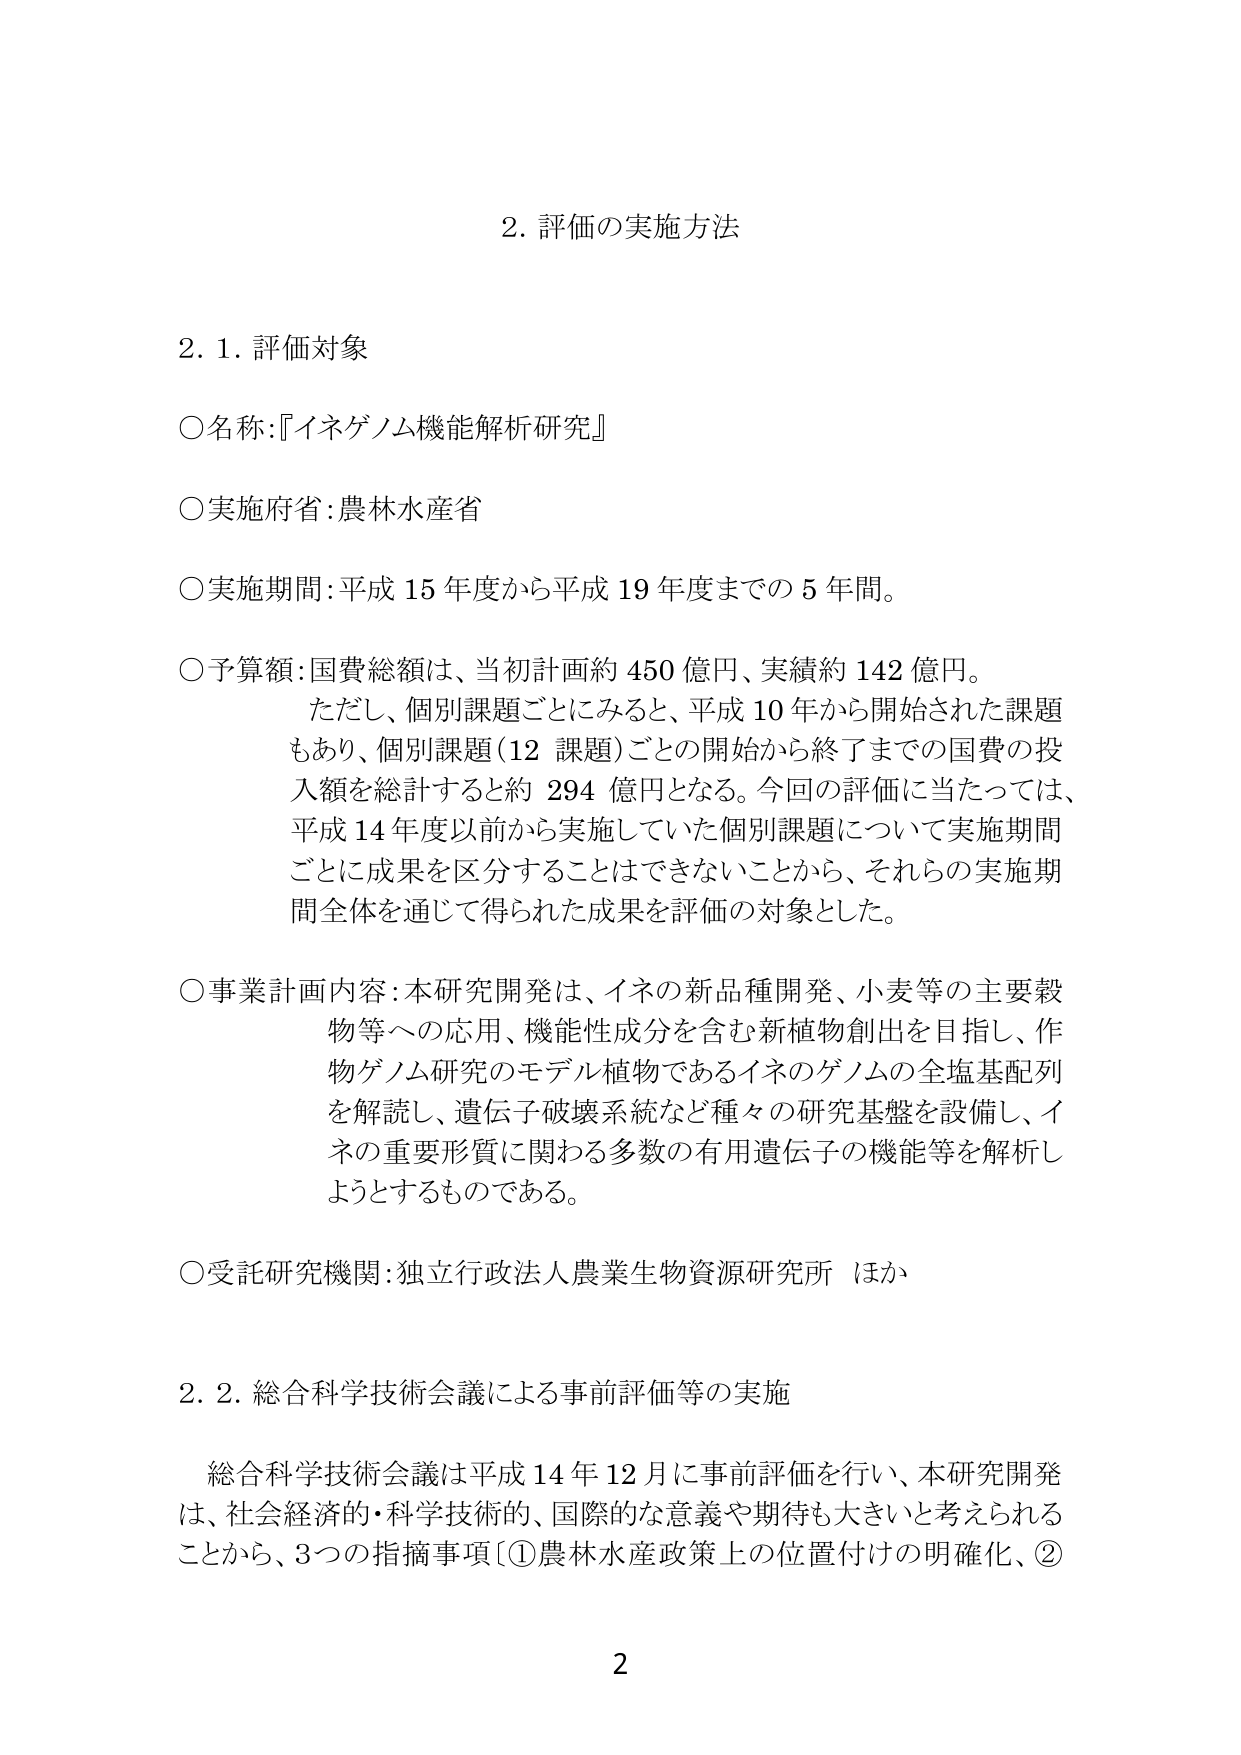
2. 評価の実施方法

2.1. 評価対象

○名称：『イネゲノム機能解析研究』

○実施府省：農林水産省

○実施期間：平成15年度から平成19年度までの5年間。

○予算額：国費総額は、当初計画約450億円、実績約142億円。
　　ただし、個別課題ごとにみると、平成10年から開始された課題もあり、個別課題（12課題）ごとの開始から終了までの国費の投入額を総計すると約294億円となる。今回の評価に当たっては、平成14年度以前から実施していた個別課題について実施期間ごとに成果を区分することはできないことから、それらの実施期間全体を通じて得られた成果を評価の対象とした。

○事業計画内容：本研究開発は、イネの新品種開発、小麦等の主要穀物等への応用、機能性成分を含む新植物創出を目指し、作物ゲノム研究のモデル植物であるイネのゲノムの全塩基配列を解読し、遺伝子破壊系統など種々の研究基盤を設備し、イネの重要形質に関わる多数の有用遺伝子の機能等を解析しようとするものである。

○受託研究機関：独立行政法人農業生物資源研究所 ほか

2.2. 総合科学技術会議による事前評価等の実施

　　総合科学技術会議は平成14年12月に事前評価を行い、本研究開発は、社会経済的・科学技術的、国際的な意義や期待も大きいと考えられることから、3つの指摘事項〔①農林水産政策上の位置付けの明確化、②

2